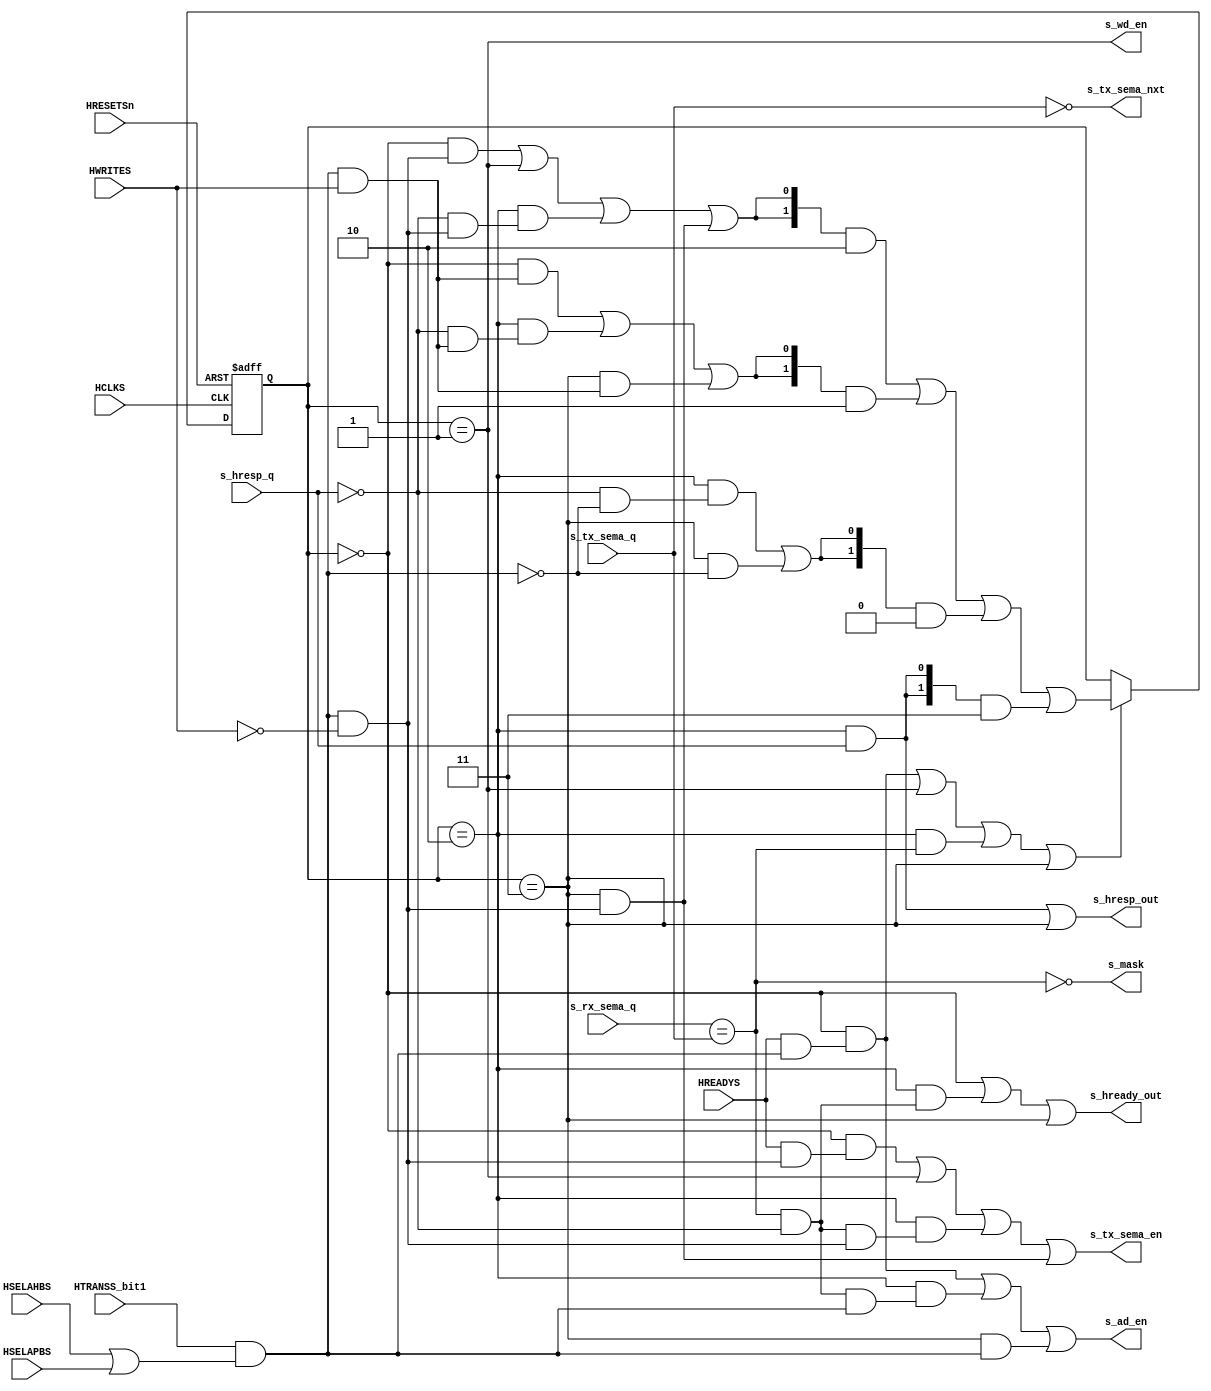
// This program was cloned from: https://github.com/verimake-team/SparkRoad-V
// License: MIT License

//-----------------------------------------------------------------------------
// The confidential and proprietary information contained in this file may
// only be used by a person authorised under and to the extent permitted
// by a subsisting licensing agreement from ARM Limited.
//
//            (C) COPYRIGHT 2012-2013 ARM Limited.
//                ALL RIGHTS RESERVED
//
// This entire notice must be reproduced on all copies of this file
// and copies of this file may only be made by a person if such person is
// permitted to do so under the terms of a subsisting license agreement
// from ARM Limited.
//
//   Checked In : $Date: 2013-03-27 10:42:39 +0000 (Wed, 27 Mar 2013) $
//   Revision   : $Revision: 242361 $
//   Release    : Cortex-M System Design Kit-r1p0-01rel0
//
//-----------------------------------------------------------------------------
// Verilog-2001 (IEEE Std 1364-2001)
//-----------------------------------------------------------------------------

// ----------------------------------------------------------------------------
// AHB-Lite to AHB-Lite and APB4 Asynchronous Bridge - Slave side
// ----------------------------------------------------------------------------

module cmsdk_ahb_to_ahb_apb_async_slave (
      // --------
      // AHB-Lite slave interface

      input  wire        HCLKS,
      input  wire        HRESETSn,

      input  wire        HREADYS,
      input  wire        HSELAHBS,
      input  wire        HSELAPBS,
      input  wire        HTRANSS_bit1,
      input  wire        HWRITES,

      output wire        s_hready_out,  // HREADYOUTS
      output wire        s_hresp_out,   // HRESPS

      // --------
      // CDC interface with master side

      // Slave to master

      output wire        s_tx_sema_en,  // Semaphore-out (transmit) enable
      output wire        s_tx_sema_nxt, // Semaphore-out (transmit) next value
      input  wire        s_tx_sema_q,   // Semaphore-out (transmit)

      output wire        s_ad_en,       // Address phase buffer enable
      output wire        s_wd_en,       // Write data buffer enable

      // Master to slave

      input  wire        s_rx_sema_q,   // Semaphore-in (receive)

      output wire        s_mask,        // Master to slave buffers mask
      input  wire        s_hresp_q      // Master to slave HRESP/PSLVERR buffer
   );

   // -------------------------------------------------------------------------
   // Slave side state machine
   // -------------------------------------------------------------------------

   localparam ST_BITS = 2;

   localparam [ST_BITS-1:0] ST_IDLE = 2'b00; // Idle, waiting for transaction
   localparam [ST_BITS-1:0] ST_DATA = 2'b01; // Write data phase
   localparam [ST_BITS-1:0] ST_BUSY = 2'b10; // Waiting for bridge response
   localparam [ST_BITS-1:0] ST_RESP = 2'b11; // Second cycle of error response

   reg [ST_BITS-1:0] s_state_q; // FSM state

   // -------------------------------------------------------------------------
   // Determine whether an AHB transaction is being presented
   // -------------------------------------------------------------------------

   wire s_req_sel   = HSELAHBS | HSELAPBS;    // Either master selected
   wire s_req_trans = HTRANSS_bit1 & s_req_sel; // Any transaction to bridge
   wire s_req_read  = s_req_trans & ~HWRITES; // ... of READ type
   wire s_req_write = s_req_trans &  HWRITES; // ... of WRITE type

   // -------------------------------------------------------------------------
   // Determine current posture of bridge
   // -------------------------------------------------------------------------

   wire   s_sema_match = s_rx_sema_q == s_tx_sema_q;
   assign s_mask       = ~s_sema_match;

   // -------------------------------------------------------------------------
   // Perform state specific computation
   // -------------------------------------------------------------------------

   // --------
   // IDLE state : Capture address

   wire s_idle_activate       = HREADYS & s_req_read;
   wire s_idle_ad_en          = HREADYS & s_req_trans;
   wire s_idle_hready_out     = 1'b1;
   wire s_idle_state_en       = HREADYS & s_req_trans;
   wire s_idle_state_sel_data = s_req_write;
   wire s_idle_state_sel_busy = s_req_read;

   // --------
   // DATA state : Capture write data before bridging (skipped for reads)

   wire s_data_activate       = 1'b1;
   wire s_data_state_en       = 1'b1;
   wire s_data_state_sel_busy = 1'b1;
   wire s_data_wd_en          = 1'b1;

   // --------
   // BUSY state : Wait for bridge to complete transaction

   wire s_busy_activate       = s_sema_match & ~s_hresp_q & s_req_read;
   wire s_busy_ad_en          = s_sema_match & ~s_hresp_q & s_req_trans;
   wire s_busy_hready_out     = s_sema_match & ~s_hresp_q;
   wire s_busy_hresp_out      = s_hresp_q;
   wire s_busy_state_en       = s_sema_match;
   wire s_busy_state_sel_idle = ~s_hresp_q & ~s_req_trans;
   wire s_busy_state_sel_data = ~s_hresp_q & s_req_write;
   wire s_busy_state_sel_busy = ~s_hresp_q & s_req_read;
   wire s_busy_state_sel_resp = s_hresp_q;

   // --------
   // RESP state : Second cycle of any error response

   wire s_resp_activate       = s_req_read;
   wire s_resp_ad_en          = s_req_trans;
   wire s_resp_hresp_out      = 1'b1;
   wire s_resp_hready_out     = 1'b1;
   wire s_resp_state_en       = 1'b1;
   wire s_resp_state_sel_idle = ~s_req_trans;
   wire s_resp_state_sel_data = s_req_write;
   wire s_resp_state_sel_busy = s_req_read;

   // -------------------------------------------------------------------------
   // Combine state specific computation based on current state
   // -------------------------------------------------------------------------

   wire s_run_idle = s_state_q == ST_IDLE;
   wire s_run_data = s_state_q == ST_DATA;
   wire s_run_busy = s_state_q == ST_BUSY;
   wire s_run_resp = s_state_q == ST_RESP;

   // --------

   wire   s_activate       = ( s_run_idle & s_idle_activate |
                               s_run_data & s_data_activate |
                               s_run_busy & s_busy_activate |
                               s_run_resp & s_resp_activate );

   assign s_ad_en          = ( s_run_idle & s_idle_ad_en |
                               s_run_busy & s_busy_ad_en |
                               s_run_resp & s_resp_ad_en );

   assign s_hready_out     = ( s_run_idle & s_idle_hready_out |
                               s_run_busy & s_busy_hready_out |
                               s_run_resp & s_resp_hready_out );

   assign s_hresp_out      = ( s_run_busy & s_busy_hresp_out |
                               s_run_resp & s_resp_hresp_out );

   wire   s_state_en       = ( s_run_idle & s_idle_state_en |
                               s_run_data & s_data_state_en |
                               s_run_busy & s_busy_state_en |
                               s_run_resp & s_resp_state_en );

   wire   s_state_sel_busy = ( s_run_idle & s_idle_state_sel_busy |
                               s_run_data & s_data_state_sel_busy |
                               s_run_busy & s_busy_state_sel_busy |
                               s_run_resp & s_resp_state_sel_busy );

   wire   s_state_sel_data = ( s_run_idle & s_idle_state_sel_data |
                               s_run_busy & s_busy_state_sel_data |
                               s_run_resp & s_resp_state_sel_data );

   wire   s_state_sel_idle = ( s_run_busy & s_busy_state_sel_idle |
                               s_run_resp & s_resp_state_sel_idle );

   wire   s_state_sel_resp = ( s_run_busy & s_busy_state_sel_resp );

   assign s_wd_en          = ( s_run_data & s_data_wd_en );

   // -------------------------------------------------------------------------
   // Determine next-state value
   // -------------------------------------------------------------------------

   wire [ST_BITS-1:0] s_state_nxt = ( {ST_BITS{s_state_sel_busy}} & ST_BUSY |
                                      {ST_BITS{s_state_sel_data}} & ST_DATA |
                                      {ST_BITS{s_state_sel_idle}} & ST_IDLE |
                                      {ST_BITS{s_state_sel_resp}} & ST_RESP );

   // -------------------------------------------------------------------------
   // Generate semaphore for each new transaction
   // -------------------------------------------------------------------------

   assign s_tx_sema_en  = s_activate;
   assign s_tx_sema_nxt = ~s_tx_sema_q;

   // -------------------------------------------------------------------------
   // Synchronous state update in HCLKS domain
   // -------------------------------------------------------------------------

   always @(posedge HCLKS or negedge HRESETSn)
      if(~HRESETSn)
         s_state_q <= ST_IDLE;
      else if(s_state_en)
         s_state_q <= s_state_nxt;

   // -------------------------------------------------------------------------

endmodule

// ----------------------------------------------------------------------------
// EOF
// ----------------------------------------------------------------------------